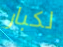
لكبار